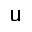
\mathsf { u }